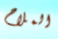
الملاح